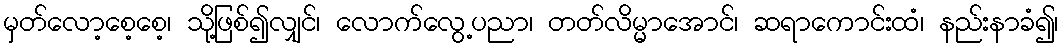
မှတ်လော့စေ့စေ့၊ သို့ဖြစ်၍လျှင်၊ လောက်လွေ့ပညာ၊ တတ်လိမ္မာအောင်၊ ဆရာကောင်းထံ၊ နည်းနာခံ၍၊